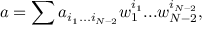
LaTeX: a = \sum a _ { i _ { 1 } . . . i _ { N - 2 } } w _ { 1 } ^ { i _ { 1 } } . . . w _ { N - 2 } ^ { i _ { N - 2 } } ,